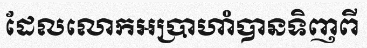
ដែលលោកអប្រាហាំបានទិញពី